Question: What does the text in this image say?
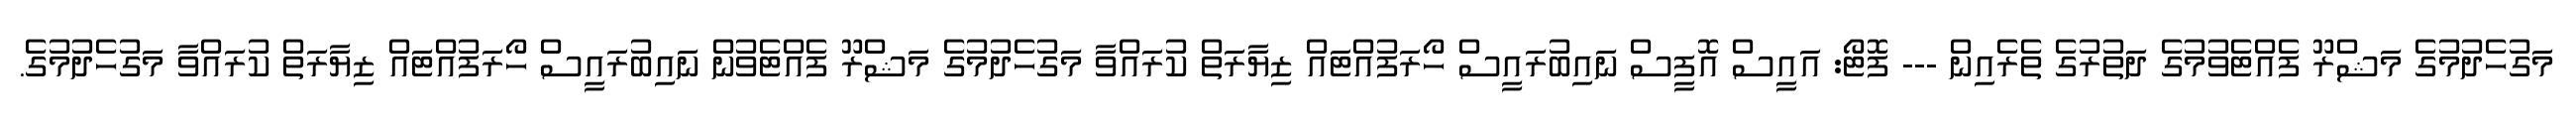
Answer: މަގުހެދުމުގެ މަޝްރޫ ފެއްޓެވުމުގެ ދަތުރުގެ ތެރެއިން --- ފޮޓޯ: އައީސް އޮފީސް ނައިބުރައީސް ހޯރަފުއްޓައް ޒިޔާރަތް ކުރައްވާ މަގުހެދުމުގެ މަޝްރޫ ފެއްޓެވުން ނައިބުރައީސް ހޯރަފުއްޓައް ޒިޔާރަތް ކުރައްވާ މަގުހެދުމުގެ.